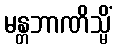
မန္တဘာဏိသ္မိံ